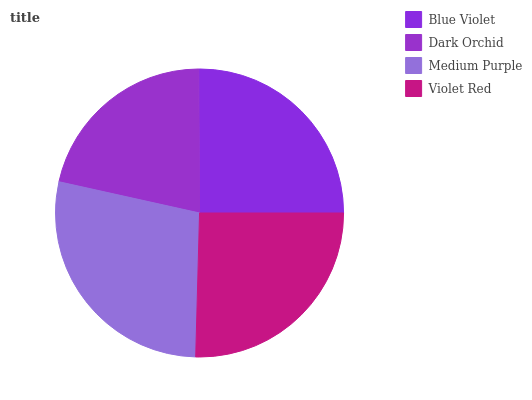
| Blue Violet | Dark Orchid | Medium Purple | Violet Red |
 | --- | --- | --- | --- |
 | 25.1% | 21.5% | 28% | 25.4% |